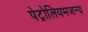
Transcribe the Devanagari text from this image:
पेट्रोलियमजन्य